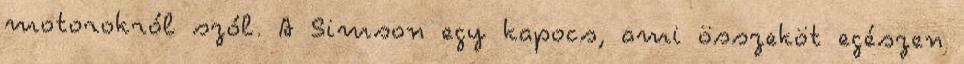
motorokról szól. A Simson egy kapocs, ami összeköt egészen